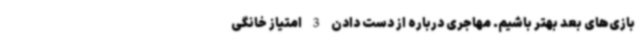
بازی‌های بعد بهتر باشیم. مهاجری درباره از دست دادن 3 امتیاز خانگی